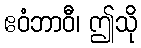
ဧဝံဘာဝီ၊ ဤသို